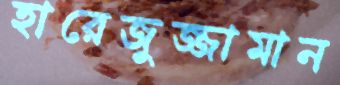
হারেজুজ্জামান